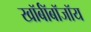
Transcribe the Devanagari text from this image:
खॉर्बॉबॉजॉय